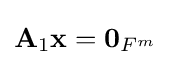
\mathbf {A} _{1}\mathbf {x} =\mathbf {0} _{{F}^{m}}